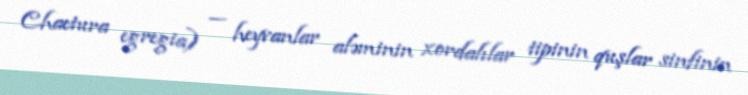
Chaetura egregia) — heyvanlar aləminin xordalılar tipinin quşlar sinfinin